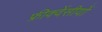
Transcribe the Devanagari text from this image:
फ्रीक्वेंसीयों